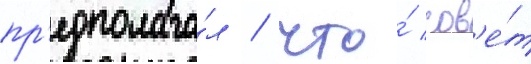
пр'едполага́л / что́ сов'е́т